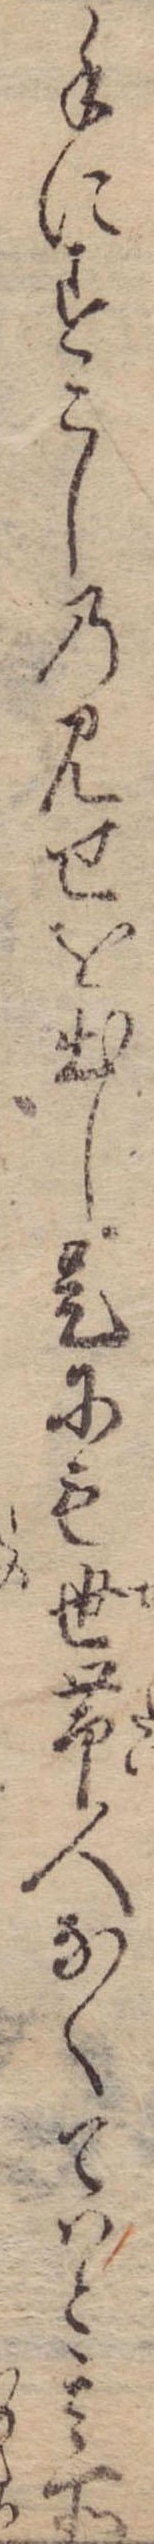
手にすこしの見せを出し是にも世帯人なくてはと其所